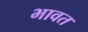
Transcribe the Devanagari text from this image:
भावत